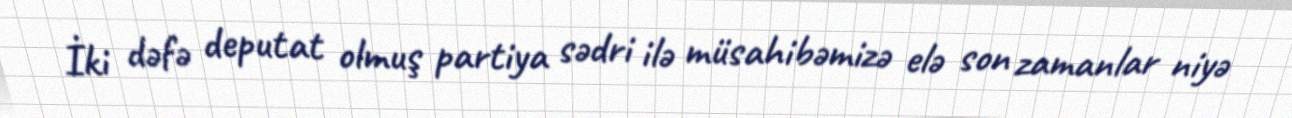
İki dəfə deputat olmuş partiya sədri ilə müsahibəmizə elə son zamanlar niyə